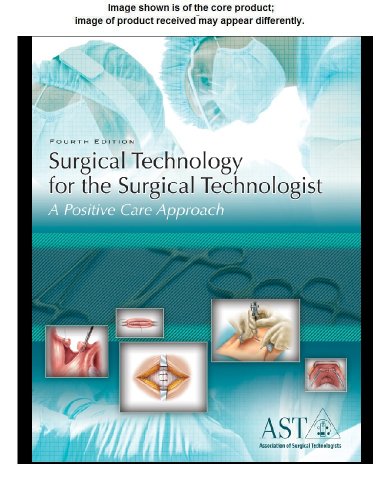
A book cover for Study Guide and Lab Manual for Surgical Technology for the Surgical Technologist, 4th; Association of Surgical Technologists; Medical Books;